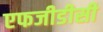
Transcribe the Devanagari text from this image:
एफजीडीसी